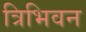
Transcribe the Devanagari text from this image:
त्रिभिवन